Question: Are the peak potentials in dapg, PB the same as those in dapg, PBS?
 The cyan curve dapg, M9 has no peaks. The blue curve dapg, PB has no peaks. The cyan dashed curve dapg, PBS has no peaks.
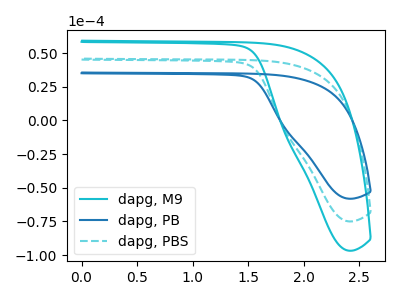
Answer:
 <answer>Niether CV has any peaks.</answer>
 <eval>blanks</eval>